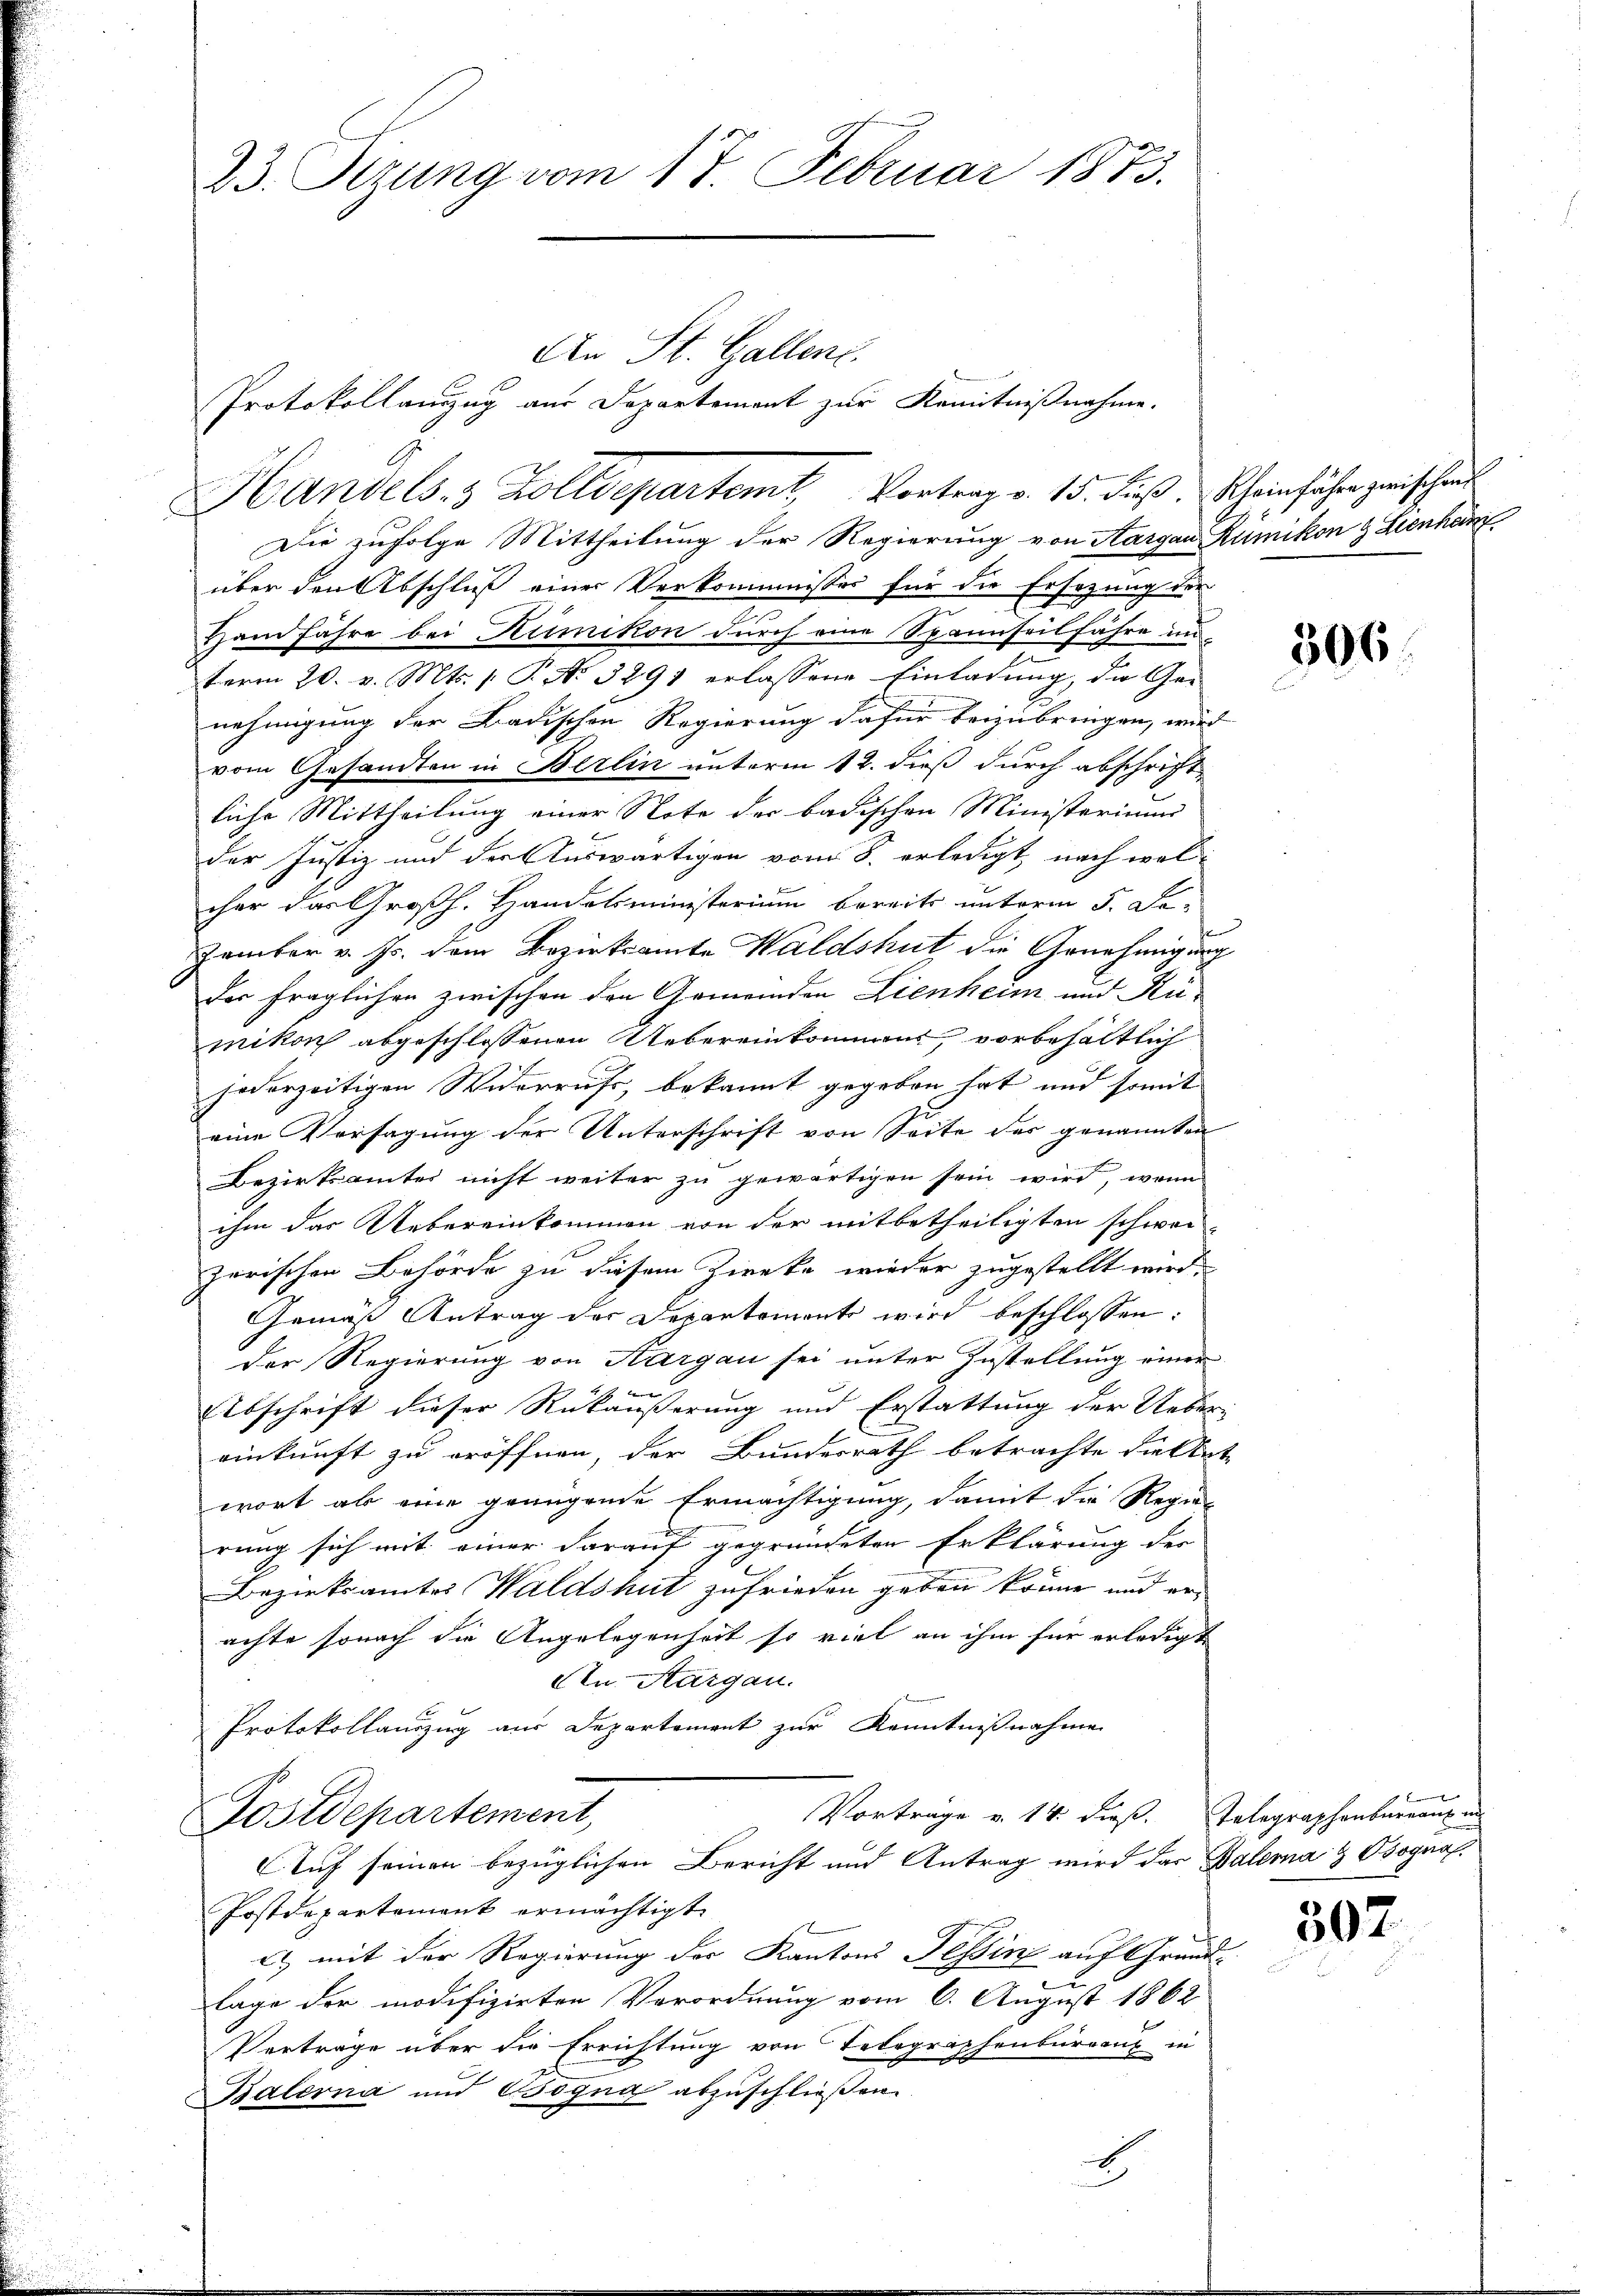
23. Sizung vom 17. Februar 1873.

An St. Gallen.

Die zufolge Mittheilung der Regierung von Aargau Rümikon & Lienhan
über den Abschluß einer Verkommnisses für die Ersezung der
Hand fahre bei Rümikon durch eine Spannseilfahre un
term 20. v. Mts. 1. P. No 3291 erlassene Einladung, die Ge-
nehmigung der Badischen Regierung dafür beizubringen, wird
vom Gesandten in Berlin unterm 12. dieß durch abschriftliche Mittheilung einer Note der badischen Ministerium
der Justiz und der Auswärtigen vom 8. erledigt, nach welcher das Großh. Handelsministerium bereits unterm 5. De-
Zamber v. Js. dem Bezirksamte Waldshut die Genehmigung
der fraglichen zwischen den Gemeinden Lienheim und Rü-
mikon abgeschlossenen Uebereinkommes vorbehältlich
jederzeitigen Widerrufs, bekannt gegeben hat und somit
eine Versagung der Unterschrift von Seite des genannten
Bezirksamtes nicht weiter zu gewärtigen sein wird, wenn
ihm das Uebereinkommen von der mitbetheiligten schwer-
zorischen Behörde zu diesem Zwecke wieder zugestellt wird.
Gemäß Antrag der Departement wird beschlossen:
der Regierung von Aargau sei unter Zustellung einer
i
Abschrift dieser Rükäußerung und Erstattung der Ueber-
einkunft zu eröffnen, der Bundesrath betrachte die Ant
wort als eine genügende Ermächtigung, damit die Regie-
rung sich mit einer darauf gegründeten Erklärung der
Bezirksamtes Waldshut zufrieden geben könne und erachte sonach die Angelegenheit so viel an ihm für erledigt
An Aargau.
Protokollauszug aus Departement zur Kenntnißnahme
Vorträge v. 14. dieß. Telegraphenbureaux in
Postdepartement,
Auf seinen bezüglichen Bericht und Antrag wird das Balerna & Osognal
Postdepartement ermächtigt.
2t, mit der Regierung der Kantons Tessin auf Grund-
lage der modifizirten Verordnung vom 6. August 1862
Verträge über die Errichtung von Telegraphenburgaus in
Balerna und Osogna abzuschließen.
d

Handels, 3 Zolldepartemt, Vortrag v. 15. Fuß. Rheinführ zwischen

Protokollanzug aus Departement zur Kenntnißnahme.

306

we

307.